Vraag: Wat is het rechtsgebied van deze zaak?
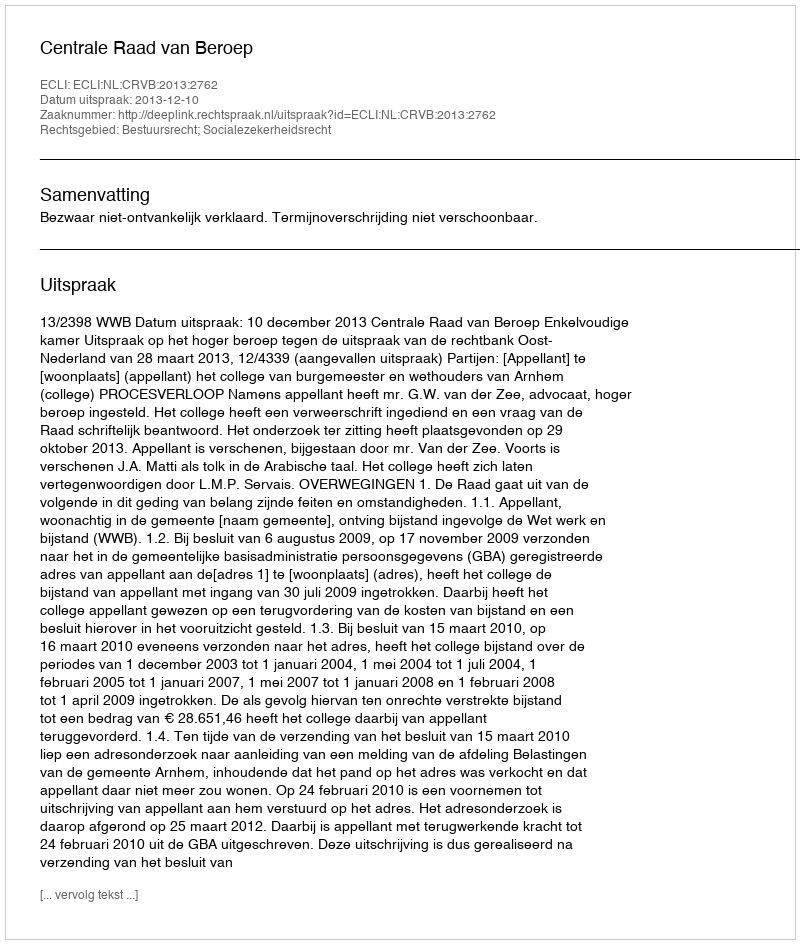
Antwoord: Bestuursrecht; Socialezekerheidsrecht